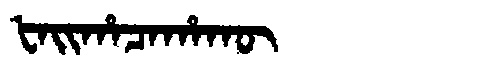
Manchu: ᡶᠠᡳᡥᠠᠴᠠᡥᠠᡴᡡ
Romanization: FAIHACAHAKŪ